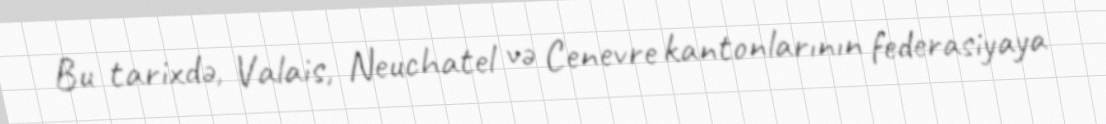
Bu tarixdə, Valais, Neuchatel və Cenevre kantonlarının federasiyaya